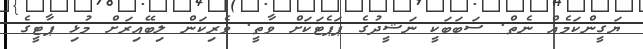
ޔަގީންކަމެއް ނެތް. ސަބަބަކީ ނަޝީދުގެ ޕަޕެޓަކަށް ވާތީ. ވެރިކަން ލިބޭއިރަށް މުޅި ޕާޓީގެ